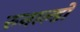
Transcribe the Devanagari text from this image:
रुनाल्डो